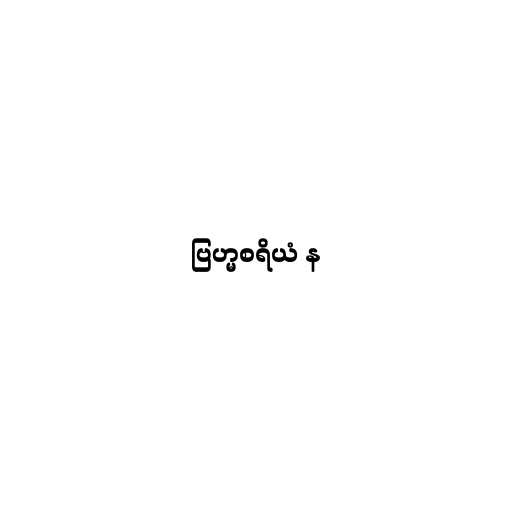
ဗြဟ္မစရိယံ န